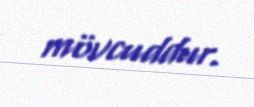
mövcuddur.